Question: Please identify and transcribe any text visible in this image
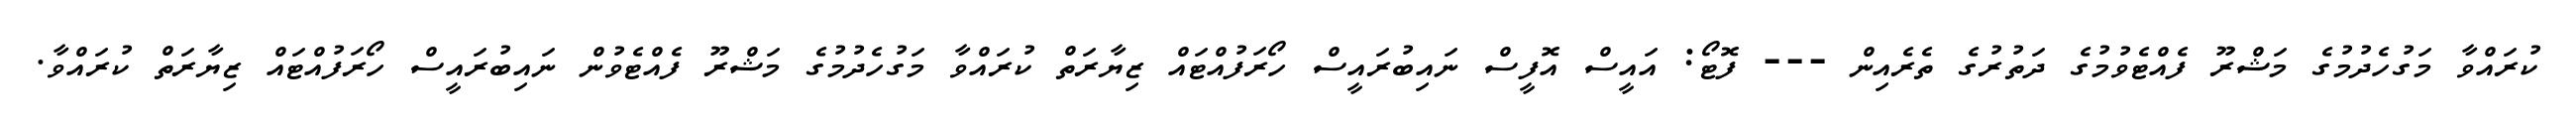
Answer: ކުރައްވާ މަގުހެދުމުގެ މަޝްރޫ ފެއްޓެވުމުގެ ދަތުރުގެ ތެރެއިން --- ފޮޓޯ: އައީސް އޮފީސް ނައިބުރައީސް ހޯރަފުއްޓައް ޒިޔާރަތް ކުރައްވާ މަގުހެދުމުގެ މަޝްރޫ ފެއްޓެވުން ނައިބުރައީސް ހޯރަފުއްޓައް ޒިޔާރަތް ކުރައްވާ.